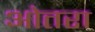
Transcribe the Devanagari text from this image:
ओतरा